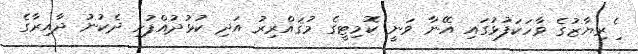
ެިރިޔާޒުގެ ވާހަކަފުޅުގައި އޭނާ ވަނީ ކޮމިޓީގެ މުޤައްރިރު އަދި ކުޅުދުއްފުށި ދެކުނު ދާއިރާގެ